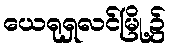
ယေရုရှလင်မြို့၌